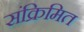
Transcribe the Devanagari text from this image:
संक्रिमित